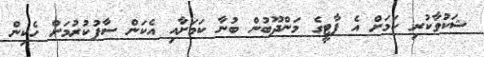
ޝަކުވާކުރި ކަމަށް އެ ޕާޓީގެ މަންދޫބުން ބުނާ ކަމަށާއި އެކަން ސާފުކުރުމަށް ހެކިން